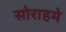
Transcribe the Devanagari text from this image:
सोराहमे